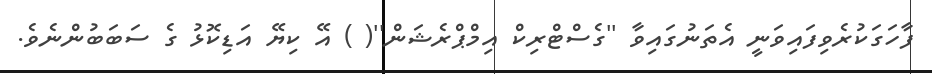
ފާހަގަކުރެވިފައިވަނީ އެތަނުގައިވާ ''ގެސްޓްރިކް އިމްޕްރެޝަން''( ) އޭ ކިޔޭ އަޑިކޮޅު ގެ ސަބަބުންނެވެ.